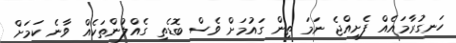
ހަނގުރާމައެއް ފެށިއްޖެ ނަމަ ތިން ގައުމަށް ވެސް ބޮޑެތި ގެއްލުންތަކެއް ވާނެ ކަމަށް